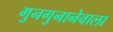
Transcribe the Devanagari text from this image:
गुनगुनानेवाला